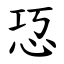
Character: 㤍